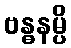
ဗန္ဓနမ္ပိ